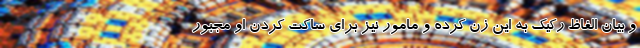
و بیان الفاظ رکیک به این زن کرده و مامور نیز برای ساکت کردن او مجبور